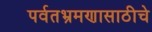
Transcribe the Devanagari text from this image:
पर्वतभ्रमणासाठीचे